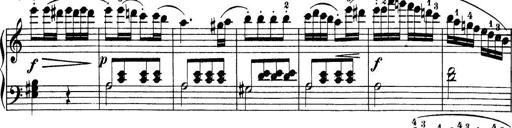
Title: 32 Sonatinas and Rondos for the Piano
Composer: Richard Kleinmichel